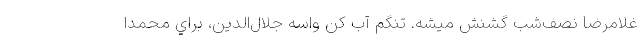
غلامرضا نصف‌شب گشنش ميشه. تنگم آب کن واسه جلال‌الدين، براي محمد‌ا